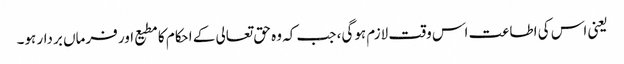
یعنی اس کی اطاعت اس وقت لازم ہوگی، جب کہ وہ حق تعالی کے احکام کا مطیع اور فرماں بردار ہو۔